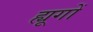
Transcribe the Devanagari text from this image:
ह्यूगों